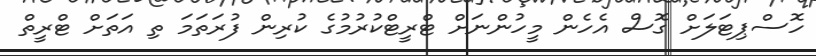
ހޮސްޕިޓަލަށް ގޮސް އެހެން މީހުންނަށް ޓްރީޓްކުރުމުގެ ކުރިން ފުރަތަމަ ތި އަތަށް ޓްރީތް